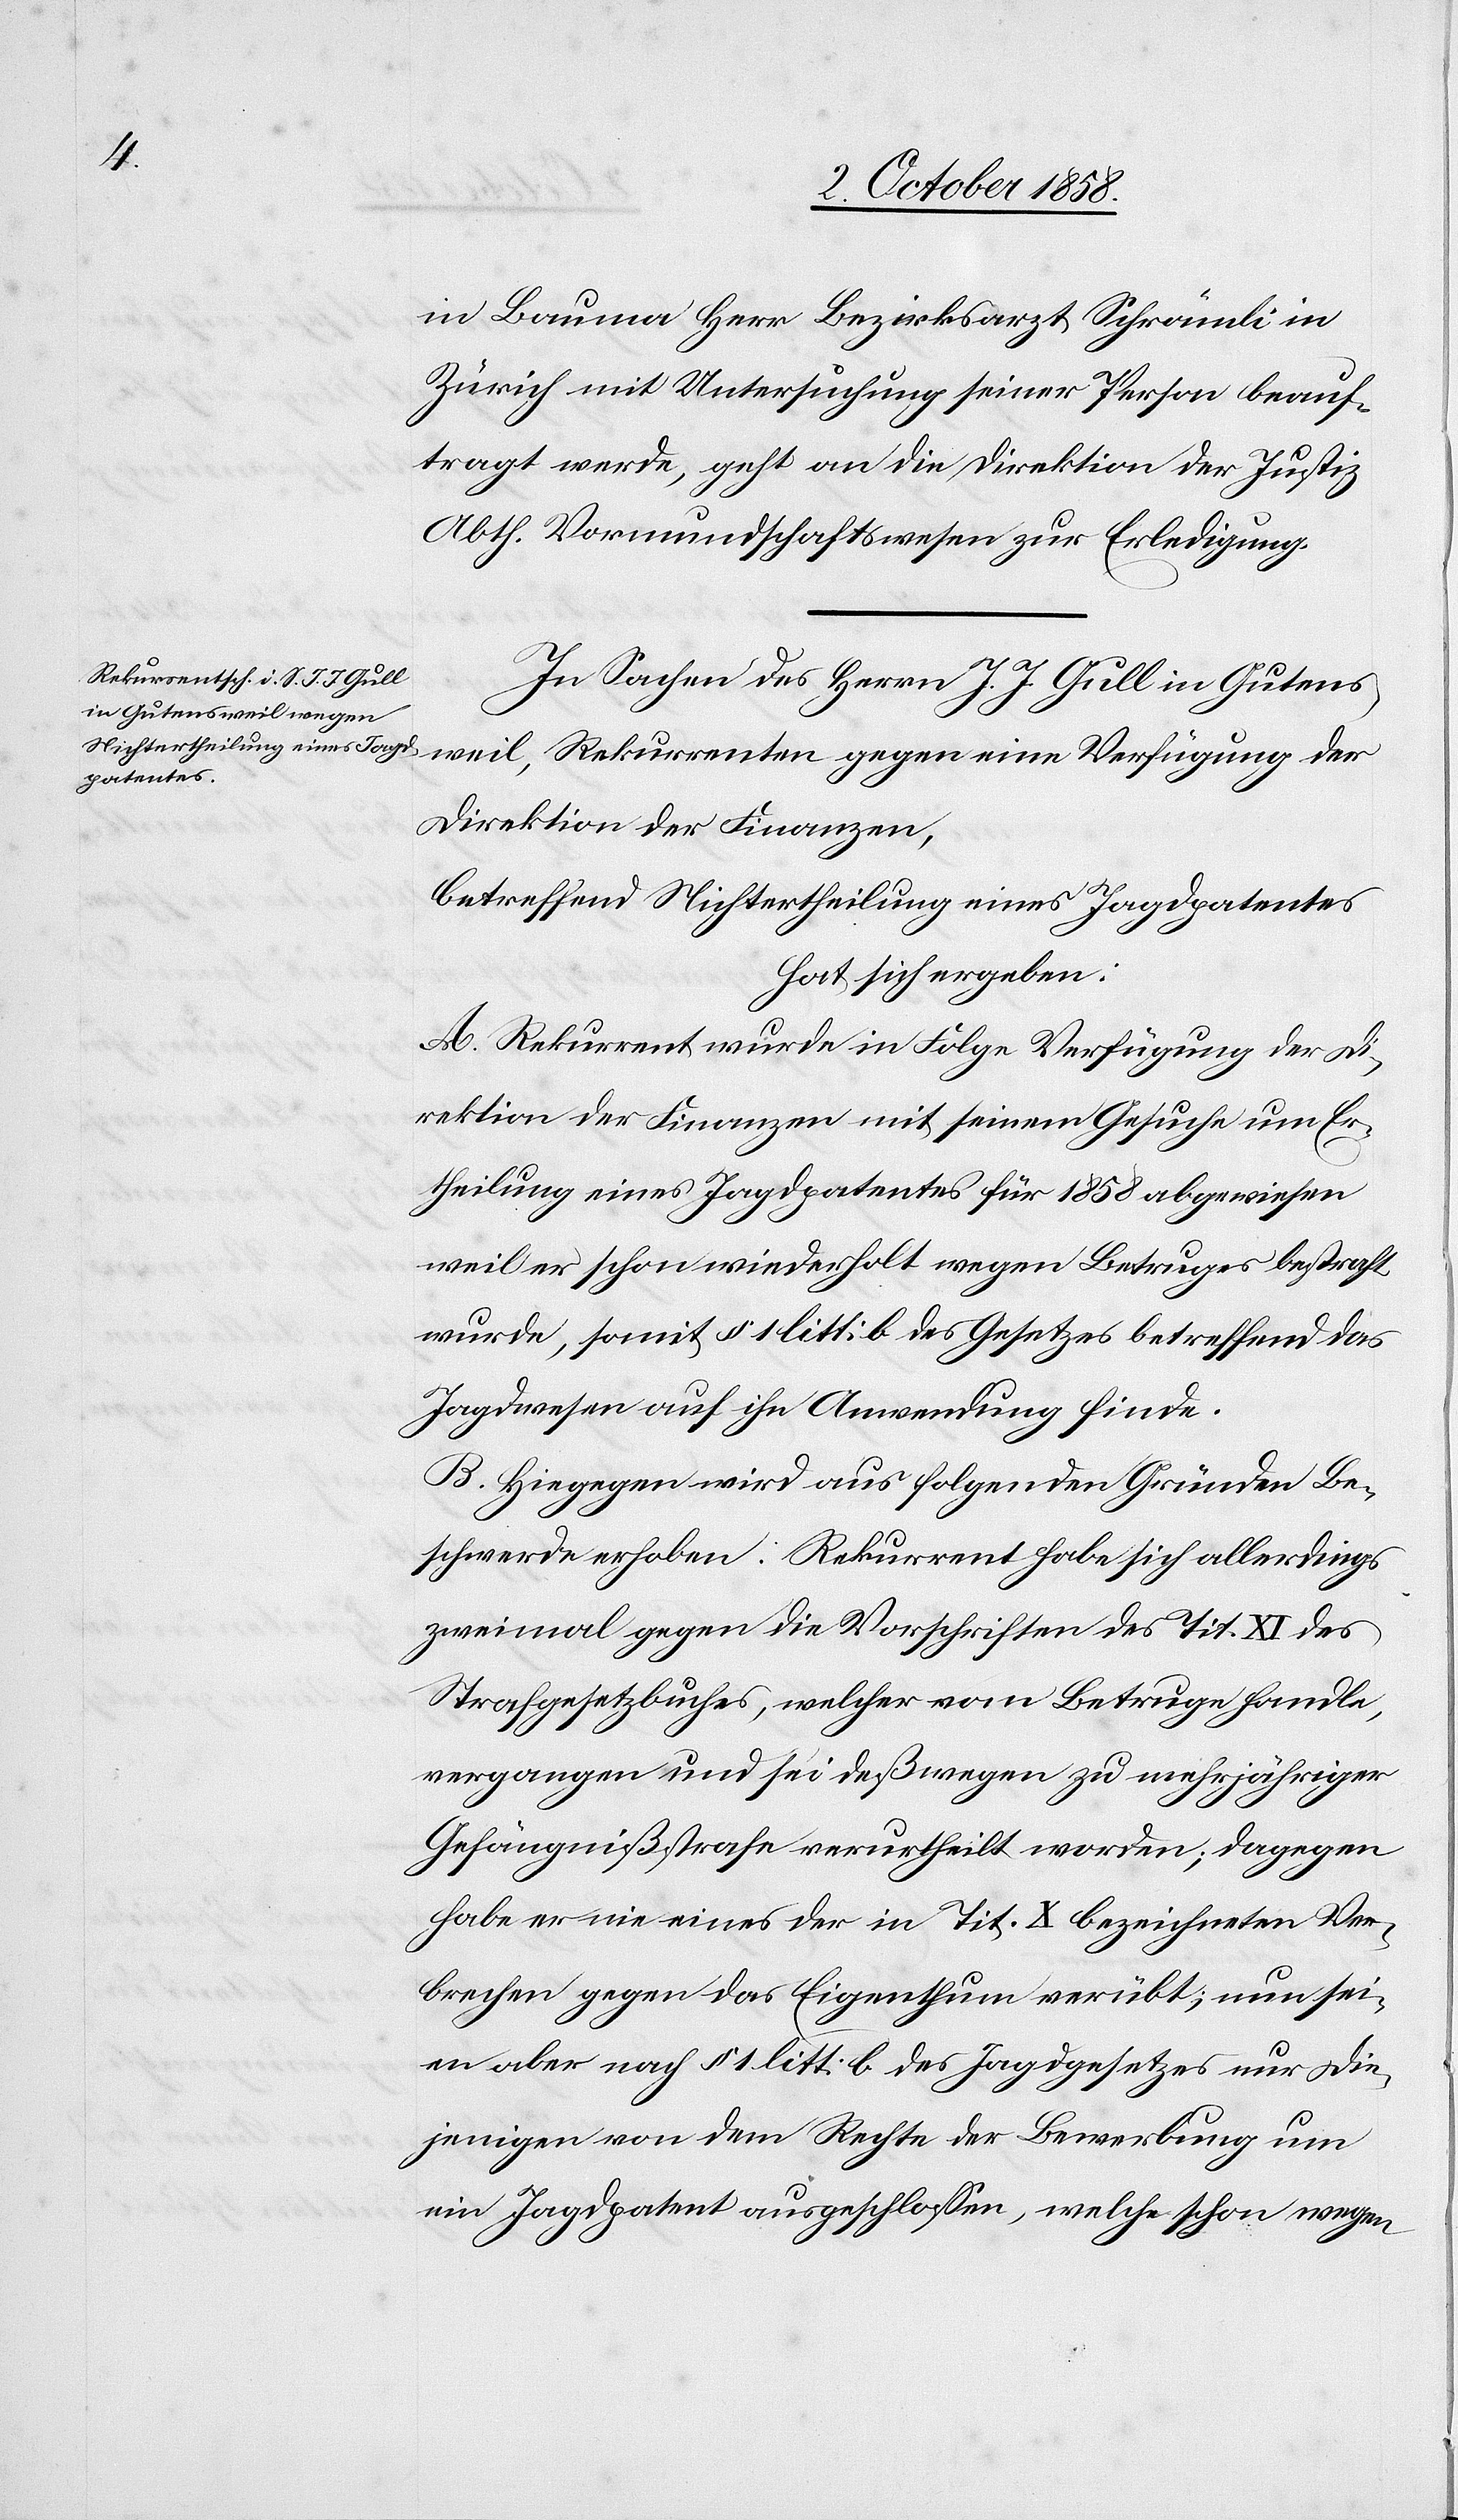
in Bauma Herr Bezirksarzt Schrämli in
Zürich mit Untersuchung seiner Person beauf¬
tragt werde, geht an die Direktion der Justiz
Abth. Vormundschaftswesen zur Erledigung.
In Sachen des Herrn J. J. Gull in Gutensweil,
Direktion der Finanzen,
betreffend Nichtertheilung eines Jagdpatentes
hat sich ergeben:
A. Rekurrent wurde in Folge Verfügung der Di¬
rektion der Finanzen mit seinem Gesuche um Er¬
theilung eines Jagdpatentes für 1858 abgewiesen
weil er schon wiederholt wegen Betruges bestraft
wurde, somit § 1 litt: b des Gesetzes betreffend das
Jagdwesen auf ihn Anwendung finde.
B. Hiegegen wird aus folgenden Gründen Be¬
schwerde erhoben: Rekurrent habe sich allerdings
zweimal gegen die Vorschriften des Tit. XI des
Strafgesetzbuches, welcher vom Betruge handle,
vergangen und sei deßwegen zu mehrjähriger
Gefängnißstrafe verurtheilt worden; dagegen
habe er nie eines der in Tit. X bezeichneten Ver¬
brechen gegen das Eigenthum verübt; nun sei¬
en aber nach § 1. litt: b des Jagdgesetzes nur die¬
jenigen von dem Rechte der Bewerbung um
ein Jagdpatent ausgeschlossen, welche schon wegen